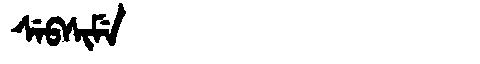
Manchu: ᠰᡝᠪᠰᡳᠮᡝ
Romanization: SEBSIME